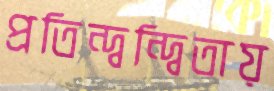
প্রতিন্দ্বন্দ্বিতায়